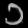
Digit: ၁